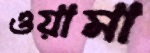
ওয়ামা